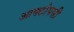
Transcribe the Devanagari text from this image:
आक्टोपसी